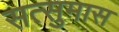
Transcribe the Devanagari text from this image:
सत्सुमास